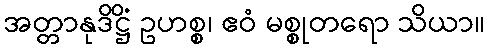
အတ္တာနုဒိဋ္ဌိံ ဥဟစ္စ၊ ဧဝံ မစ္စုတရော သိယာ။